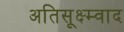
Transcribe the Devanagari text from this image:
अतिसूक्ष्म्वाद